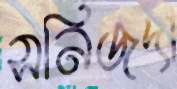
সনিজদা